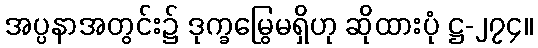
အပ္ပနာအတွင်း၌ ဒုက္ခမြွေမရှိဟု ဆိုထားပုံ ဋ္ဌ-၂၇၄။